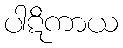
ပါဋိကာယ